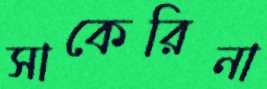
সাকেরিনা